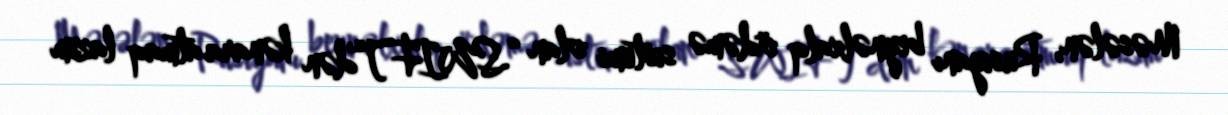
Məsələn, Rusiyanı beynəlxalq ödəmə sistemi olan “SWIFT”dən kənara atmaq lazım